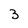
Character: 3